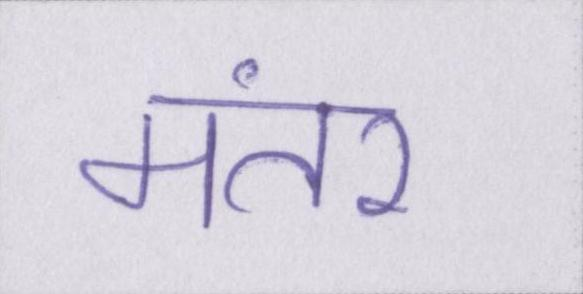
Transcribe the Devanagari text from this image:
मंतर